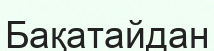
Бақатайдан